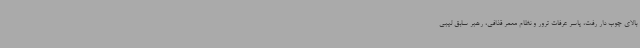
بالای چوب دار رفت، یاسر عرفات ترور و نظام معمر قذافی، رهبر سابق لیبی